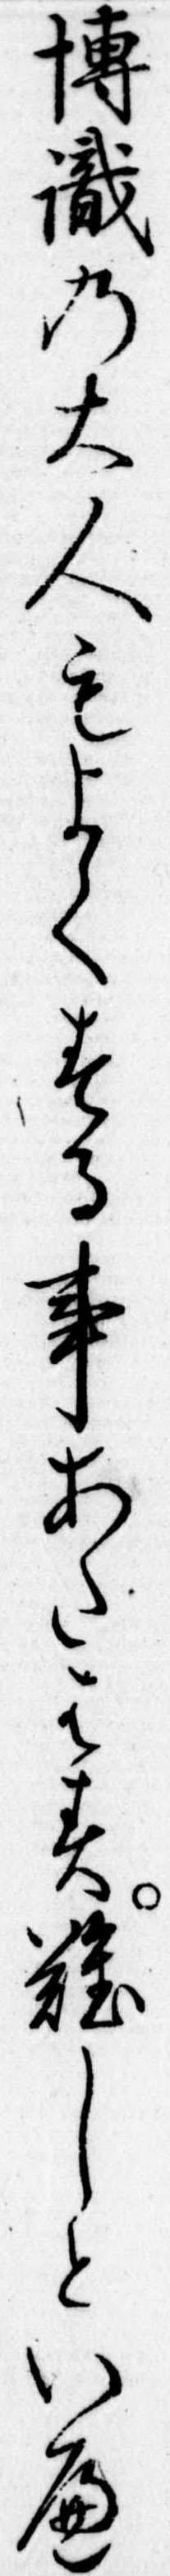
博識の大人もよくする事あたはす難しといへ